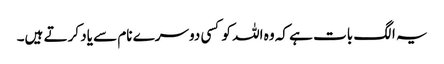
یہ الگ بات ہے کہ وہ اللہ کو کسی دوسرے نام سے یاد کرتے ہیں۔